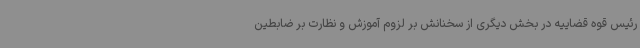
رئیس قوه قضاییه در بخش دیگری از سخنانش بر لزوم آموزش و نظارت بر ضابطین